Annual vaccination report of Bihar and Orissa - 1911-1928
Year: 1911
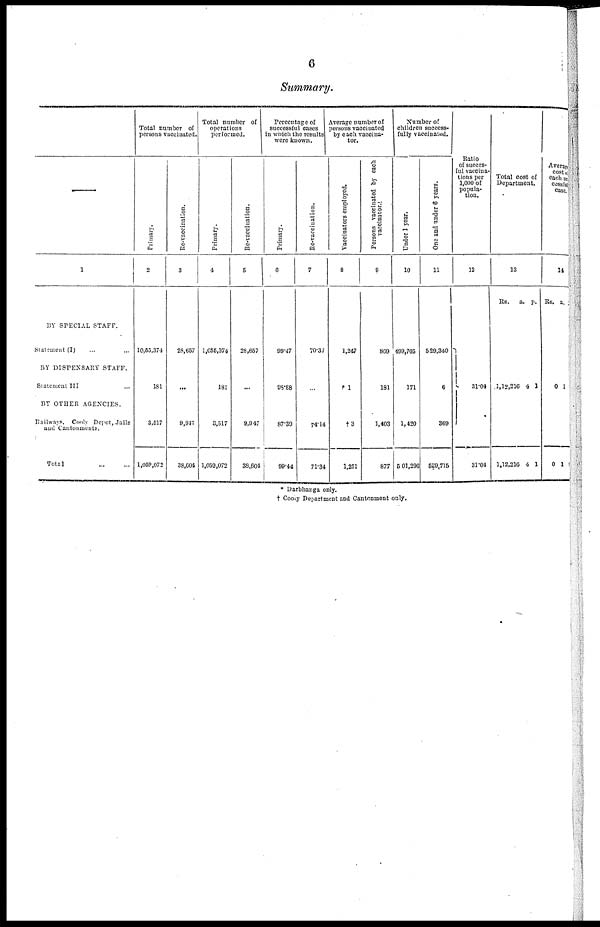
6
Summary.
—
1
BY SPECIAL STAFF.
Statement (I) ... ...
BY DISPENSARY STAFF.
Statement III ...
BY OTHER AGENCIES.
Railways. Cook Depot, Jails
and Cantonments.
Total
...
...
Total number of
persons vaccinated.
Primary.
2
10,55,374
181
3,517
1,059,072
Re-vaccination.
3
28,657
...
9,947
38,604
Total number of
operations
performed.
Primary.
4
1,055,374
181
8,517
1,059,072
Re-vaccination.
5
28,657
...
9,947
38,604
Percentage of
successful cases
in which the results
were known.
Primary.
6
99.47
98.88
87.39
99.44
Re-vaccination.
7
70.37
...
74.14
71.34
Average number of
persons vaccinated
by each vaccina-
tor.
Vaccinators employed.
8
1,247
1
†3
1,251
Persons vaccinated by each
vaccinator.
9
869
181
1,403
877
Number of
children success-
fully vaccinated.
Under 1 year.
10
499,705
171
1,420
501,290
One and under 6 years.
11
529,340
6
369
529,715
Ratio
of succes-
ful vaccina-
tions per
1,000 of
popula-
tion.
12
31.04
31.04
Total cost of
Department.
13
Rs.
1,12,216
1,12,216
a.
4
4
p.
1
1
Average
cost of
each suc-
cessful
case.
14
Rs.
0
0
a.
1
1
* Darbhanga only.
† Cooly Department and Cantonment only.